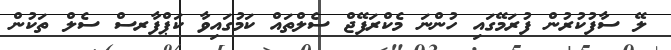
ލޭ ސާފުކުރުން ފުރަމޭގައި ހުންނަ މެކްރަފޭޖް ސެލްތައް ކަމުގައިވާ ކަޕްފާރސް ސެލް ތަކުން